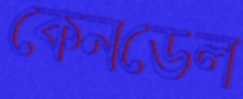
কেনডেল